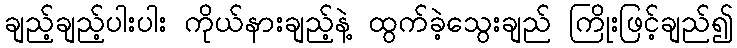
ချည့်ချည့်ပါးပါး ကိုယ်နားချည့်နဲ့ ထွက်ခဲ့သွေးချည် ကြိုးဖြင့်ချည်၍